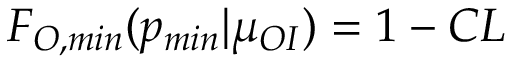
F _ { O , m i n } ( p _ { m i n } | \mu _ { O I } ) = 1 - C L